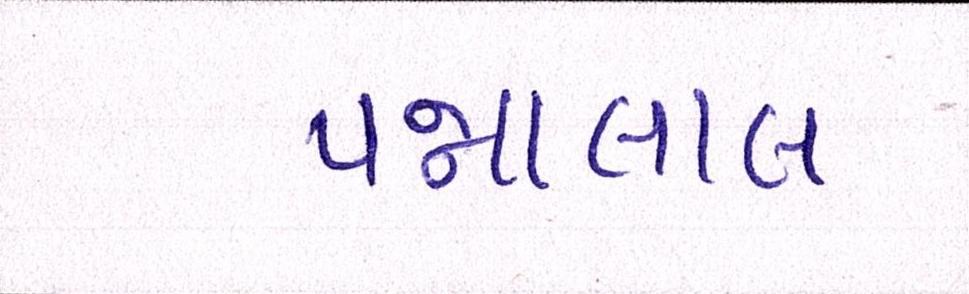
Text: પન્નાલાલ